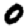
Digit: 0